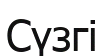
Сүзгі